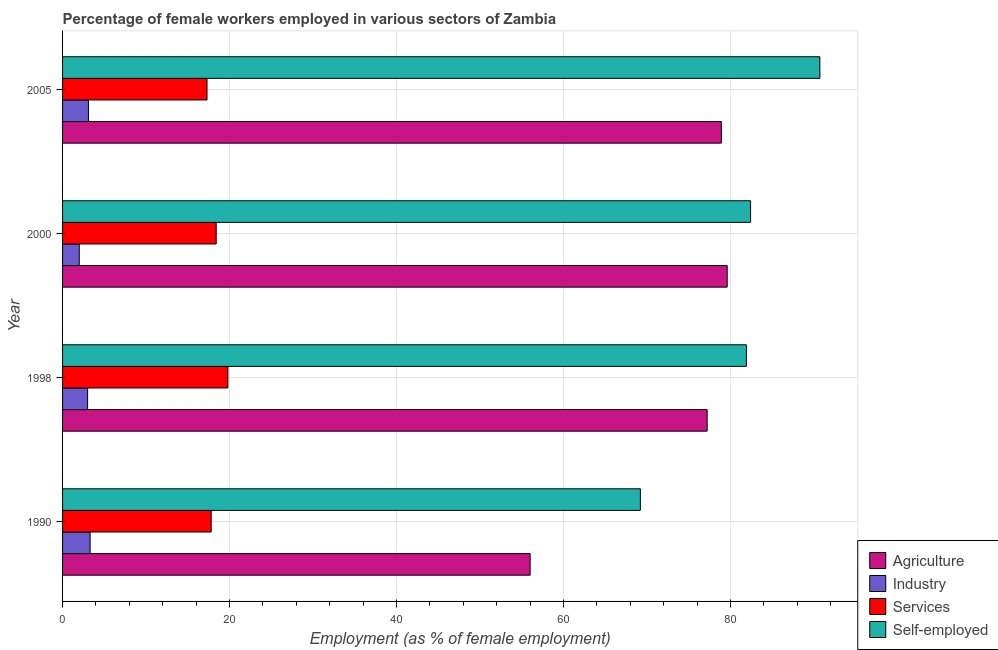
| Year | Agriculture | Industry | Services | Self-employed |
 | --- | --- | --- | --- | --- |
 | 1990 | 56 | 3.3 | 17.8 | 69.2 |
 | 1998 | 77.2 | 3 | 19.8 | 81.9 |
 | 2000 | 79.6 | 2 | 18.4 | 82.4 |
 | 2005 | 78.9 | 3.1 | 17.3 | 90.7 |